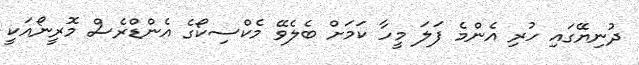
ދުނިޔޭގައި ހުރި އެންމެ ފަލަ މީހާ ކަމަށް ބެލެވޭ މެކްސިކޯގެ އެންޑްރެސް މޮރީނޯއަކީ